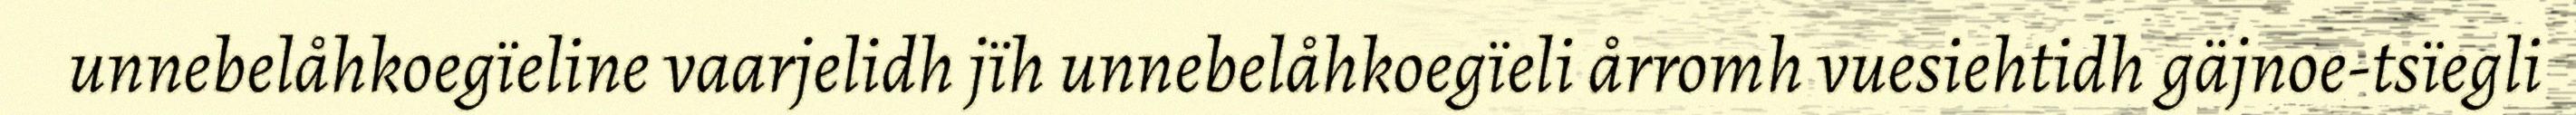
unnebelåhkoegïeline vaarjelidh jïh unnebelåhkoegïeli årromh vuesiehtidh gäjnoe-tsïegli